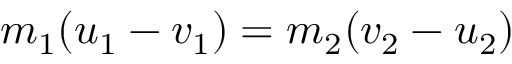
m _ { 1 } ( u _ { 1 } - v _ { 1 } ) = m _ { 2 } ( v _ { 2 } - u _ { 2 } )